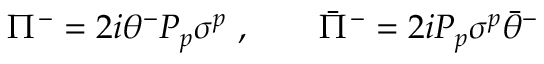
\Pi ^ { - } = 2 i \theta ^ { - } P _ { p } \sigma ^ { p } \ , \qquad \bar { \Pi } ^ { - } = 2 i P _ { p } \sigma ^ { p } \bar { \theta } ^ { - }